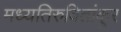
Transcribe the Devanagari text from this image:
मध्यतिरुवितांकूर